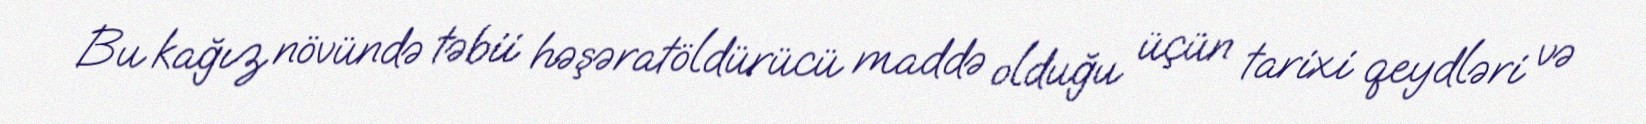
Bu kağız növündə təbii həşəratöldürücü maddə olduğu üçün tarixi qeydləri və